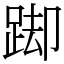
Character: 踋